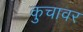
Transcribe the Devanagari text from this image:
कुचावर